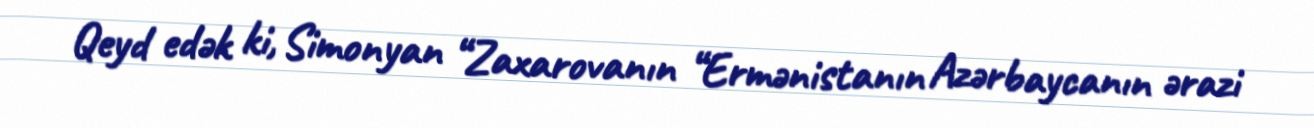
Qeyd edək ki, Simonyan “Zaxarovanın “Ermənistanın Azərbaycanın ərazi